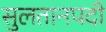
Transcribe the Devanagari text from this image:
सुलतानपदी